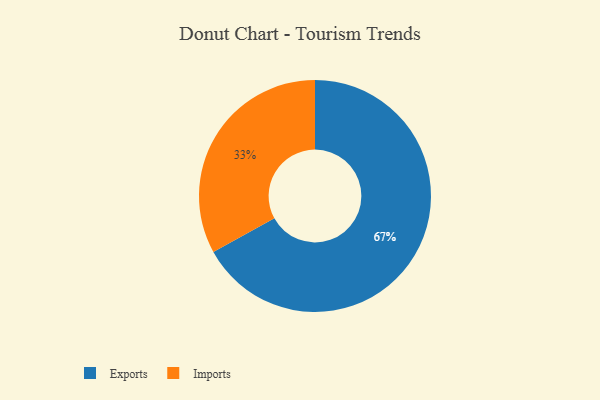
{"axis": {"x": "Category", "y": "Percentage"}, "legend": ["Exports", "Imports"], "data": [{"x": "Exports", "y": 67, "type": "Exports"}, {"x": "Imports", "y": 33, "type": "Imports"}]}